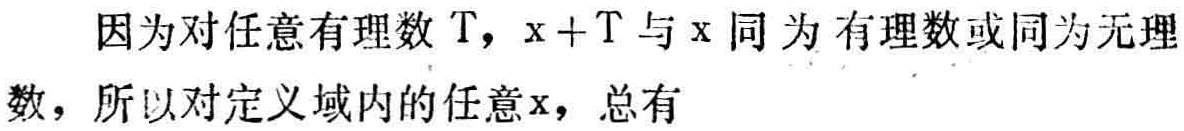
因为对任意有理数\(T\)，\(x + T\)与\(x\)同为有理数或同为无理数，所以对定义域内的任意\(x\)，总有